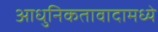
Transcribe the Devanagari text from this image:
आधुनिकतावादामध्ये